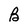
Character: B